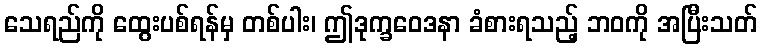
သေရည်ကို ထွေးပစ်ရန်မှ တစ်ပါး၊ ဤဒုက္ခဝေဒနာ ခံစားရသည့် ဘဝကို အပြီးသတ်